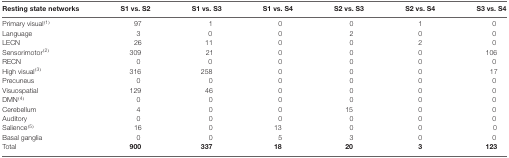
<table><thead><tr><td><b>Resting state networks</b></td><td><b>S1 vs. S2</b></td><td><b>S1 vs. S3</b></td><td><b>S1 vs. S4</b></td><td><b>S2 vs. S3</b></td><td><b>S2 vs. S4</b></td><td><b>S3 vs. S4</b></td></tr></thead><tbody><tr><td>Primary visual<sup>(1)</sup></td><td>97</td><td>1</td><td>0</td><td>0</td><td>1</td><td>0</td></tr><tr><td>Language</td><td>3</td><td>0</td><td>0</td><td>2</td><td>0</td><td>0</td></tr><tr><td>LECN</td><td>26</td><td>11</td><td>0</td><td>0</td><td>2</td><td>0</td></tr><tr><td>Sensorimotor<sup>(2)</sup></td><td>309</td><td>21</td><td>0</td><td>0</td><td>0</td><td>106</td></tr><tr><td>RECN</td><td>0</td><td>0</td><td>0</td><td>0</td><td>0</td><td>0</td></tr><tr><td>High visual<sup>(3)</sup></td><td>316</td><td>258</td><td>0</td><td>0</td><td>0</td><td>17</td></tr><tr><td>Precuneus</td><td>0</td><td>0</td><td>0</td><td>0</td><td>0</td><td>0</td></tr><tr><td>Visuospatial</td><td>129</td><td>46</td><td>0</td><td>0</td><td>0</td><td>0</td></tr><tr><td>DMN<sup>(4)</sup></td><td>0</td><td>0</td><td>0</td><td>0</td><td>0</td><td>0</td></tr><tr><td>Cerebellum</td><td>4</td><td>0</td><td>0</td><td>15</td><td>0</td><td>0</td></tr><tr><td>Auditory</td><td>0</td><td>0</td><td>0</td><td>0</td><td>0</td><td>0</td></tr><tr><td>Salience<sup>(5)</sup></td><td>16</td><td>0</td><td>13</td><td>0</td><td>0</td><td>0</td></tr><tr><td>Basal ganglia</td><td>0</td><td>0</td><td>5</td><td>3</td><td>0</td><td>0</td></tr><tr><td>Total</td><td><b>900</b></td><td><b>337</b></td><td><b>18</b></td><td><b>20</b></td><td><b>3</b></td><td><b>123</b></td></tr></tbody></table>